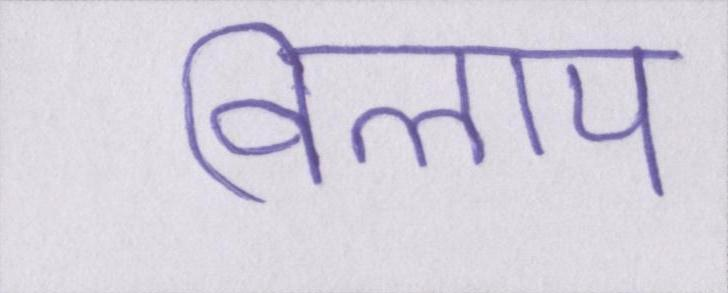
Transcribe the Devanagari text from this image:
विलाप